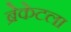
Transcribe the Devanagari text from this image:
ब्रेकेटला